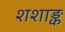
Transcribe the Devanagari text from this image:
शशाङ्क